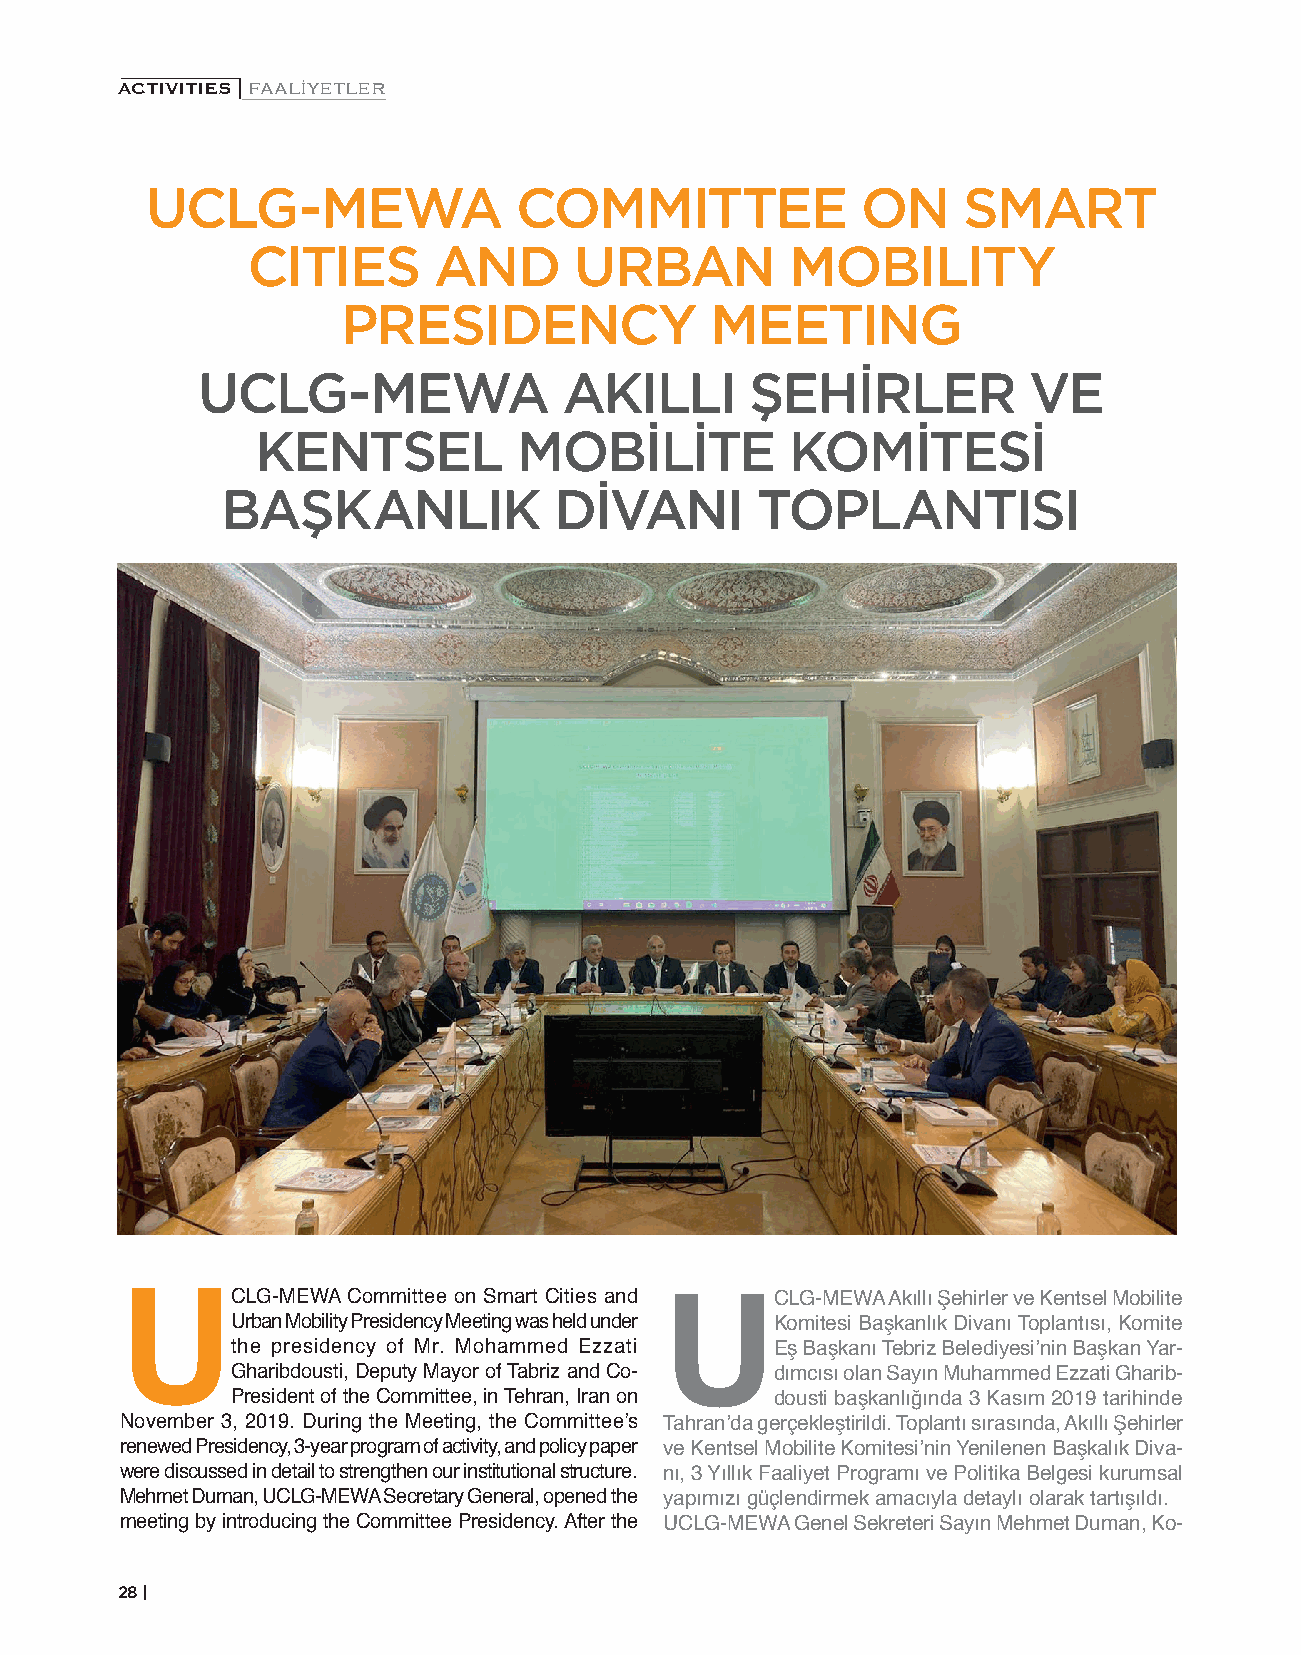
ACTIVITIES | FAALİYETLER
 UCLG-MEWA                COMMITTEE              ON    SMART
 CITIES      AND       URBAN         MOBILITY
 PRESIDENCY               MEETING
 UCLG-MEWA               AKILLI      ŞEHİRLER           VE
 KENTSEL          MOBİLİTE          KOMİTESİ
 BAŞKANLIK             DİVANI        TOPLANTISI
 CLG-MEWA Committee on Smart Cities and CLG-MEWA Akıllı Şehirler ve Kentsel Mobilite
 UUrban     Mobility Presidency Meeting was held under UKomitesi Başkanlık Divanı Toplantısı, Komite
 the presidency of Mr. Mohammed Ezzati Eş Başkanı Tebriz Belediyesi’nin Başkan Yar-
 Gharibdousti, Deputy Mayor of Tabriz and Co- dımcısı olan Sayın Muhammed Ezzati Gharib-
 President of the Committee, in Tehran, Iran on dousti başkanlığında 3 Kasım 2019 tarihinde
 November 3, 2019. During the Meeting, the Committee’s Tahran’da gerçekleştirildi. Toplantı sırasında, Akıllı Şehirler
 renewed Presidency, 3-year program of activity, and policy paper ve Kentsel Mobilite Komitesi’nin Yenilenen Başkalık Diva-
 were discussed in detail to strengthen our institutional structure. nı, 3 Yıllık Faaliyet Programı ve Politika Belgesi kurumsal
 Mehmet Duman, UCLG-MEWA Secretary General, opened the yapımızı güçlendirmek amacıyla detaylı olarak tartışıldı.
 meeting by introducing the Committee Presidency. After the UCLG-MEWA Genel Sekreteri Sayın Mehmet Duman, Ko-
 28 |